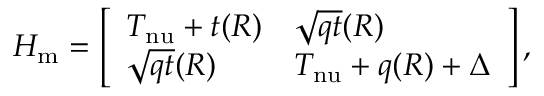
H _ { \mathrm { m } } = \left[ \begin{array} { l l } { T _ { \mathrm { n u } } + t ( R ) } & { \sqrt { q t } ( R ) } \\ { \sqrt { q t } ( R ) } & { T _ { \mathrm { n u } } + q ( R ) + \Delta } \end{array} \right] ,